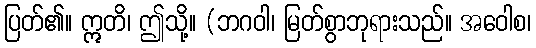
ပြတ်၏။ ဣတိ၊ ဤသို့။ (ဘဂဝါ၊ မြတ်စွာဘုရားသည်။ အဝေါစ၊